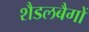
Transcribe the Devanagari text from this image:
शैडलबैगों